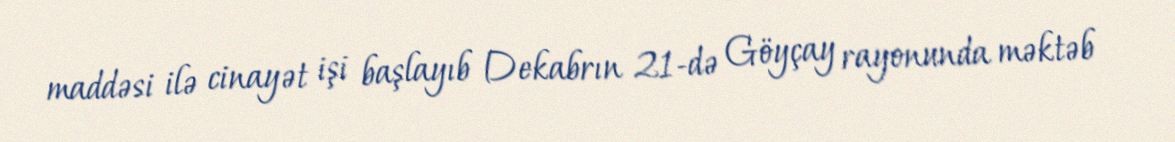
maddəsi ilə cinayət işi başlayıb Dekabrın 21-də Göyçay rayonunda məktəb